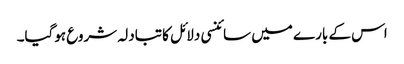
اس کے بارے میں سائنسی دلائل کا تبادلہ شروع ہوگیا۔